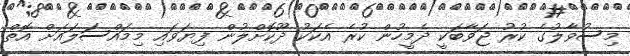
މިސުވާލުގެ ކުރު ޖަވާބަކީ ދެމީހުން ކުރެ އެކަކު ދޫކޮށްލުން ފިޔަވައި މިމައްސަލައަށް އޮތް